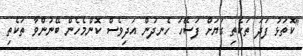
"ކޮތަޅު ފަދަ ތަކެތި ގަޔަށް ފަސޭހަ ހެނދުން އަދިވެސް ކޮންމެހެން ބޭނުންވާ ތަކެތި